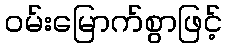
ဝမ်းမြောက်စွာဖြင့်